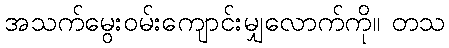
အသက်မွေးဝမ်းကျောင်းမျှလောက်ကို။ တသ